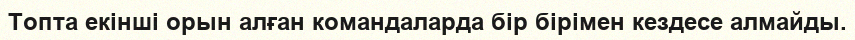
Топта екінші орын алған командаларда бір бірімен кездесе алмайды.